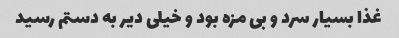
غذا بسیار سرد و بی مزه بود و خیلی دیر به دستم رسید